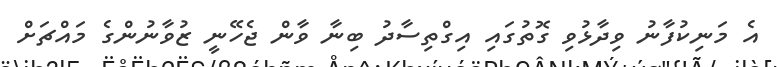
އެ މަނިކުފާނު ވިދާޅުވި ގޮތުގައި އިގްތިސާދު ބިނާ ވާން ޖެހޭނީ ޒުވާނުންގެ މައްޗަށް